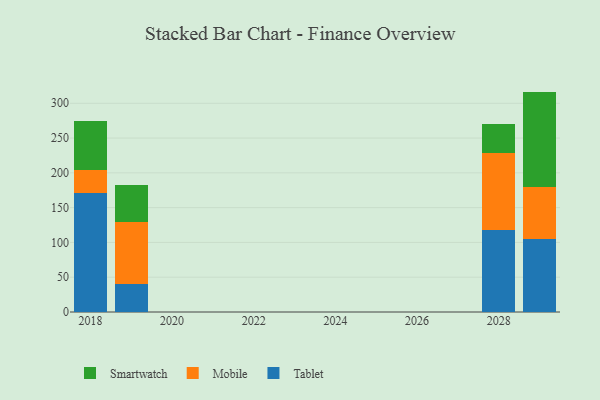
{"axis": {"x": "Year", "y": "Demand Index"}, "legend": ["Mobile", "Smartwatch", "Tablet"], "data": [{"x": "2028", "y": 118.4, "type": "Tablet"}, {"x": "2028", "y": 110.2, "type": "Mobile"}, {"x": "2028", "y": 42.3, "type": "Smartwatch"}, {"x": "2029", "y": 104.4, "type": "Tablet"}, {"x": "2029", "y": 75.1, "type": "Mobile"}, {"x": "2029", "y": 137.3, "type": "Smartwatch"}, {"x": "2019", "y": 40.9, "type": "Tablet"}, {"x": "2019", "y": 88.0, "type": "Mobile"}, {"x": "2019", "y": 53.1, "type": "Smartwatch"}, {"x": "2018", "y": 171.1, "type": "Tablet"}, {"x": "2018", "y": 33.5, "type": "Mobile"}, {"x": "2018", "y": 70.0, "type": "Smartwatch"}]}